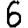
Digit: 6